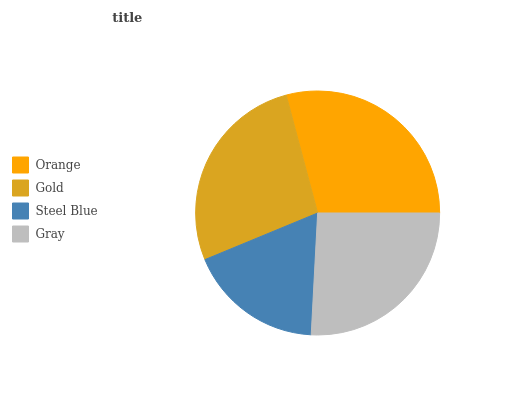
| Orange | Gold | Steel Blue | Gray |
 | --- | --- | --- | --- |
 | 29.1% | 27.1% | 18% | 25.8% |